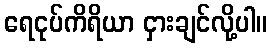
ရေငုပ်ကိရိယာ ငှားချင်လို့ပါ။